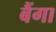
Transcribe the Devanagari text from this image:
बैंगा